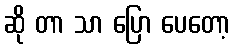
ဆို တာ သာ ပြော ပေတော့